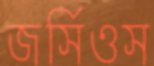
জর্সিওস